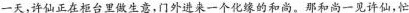
一天，许仙正在柜台里做生意，门外进来一个化缘的和尚。那和尚一见许仙，忙